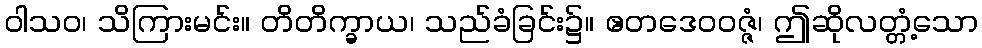
ဝါသဝ၊ သိကြားမင်း။ တိတိက္ခာယ၊ သည်ခံခြင်း၌။ ဧတဒေဝဝဇ္ဇံ၊ ဤဆိုလတ္တံ့သော